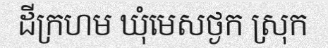
ដីក្រហម ឃុំមេសថ្ងក ស្រុក